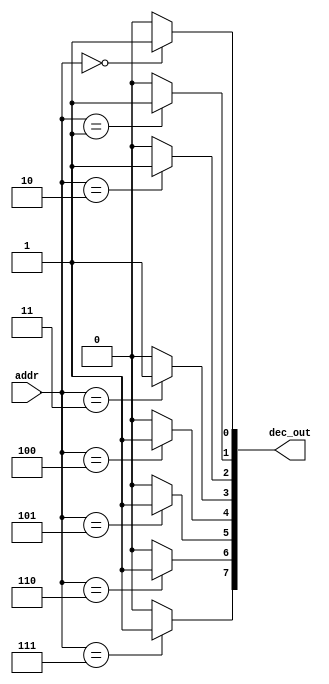
module Parametric_decoder#(parameter mem_depth = 8)(
    input [$clog2(mem_depth)-1 : 0] addr,
    output [mem_depth-1:0] dec_out );
    

    genvar i;

	generate 
	  for (i = 0; i < mem_depth; i = i + 1)  begin
		assign dec_out[i] = addr==i ? 1'b1 : 1'b0;
	  end
	endgenerate

    
endmodule